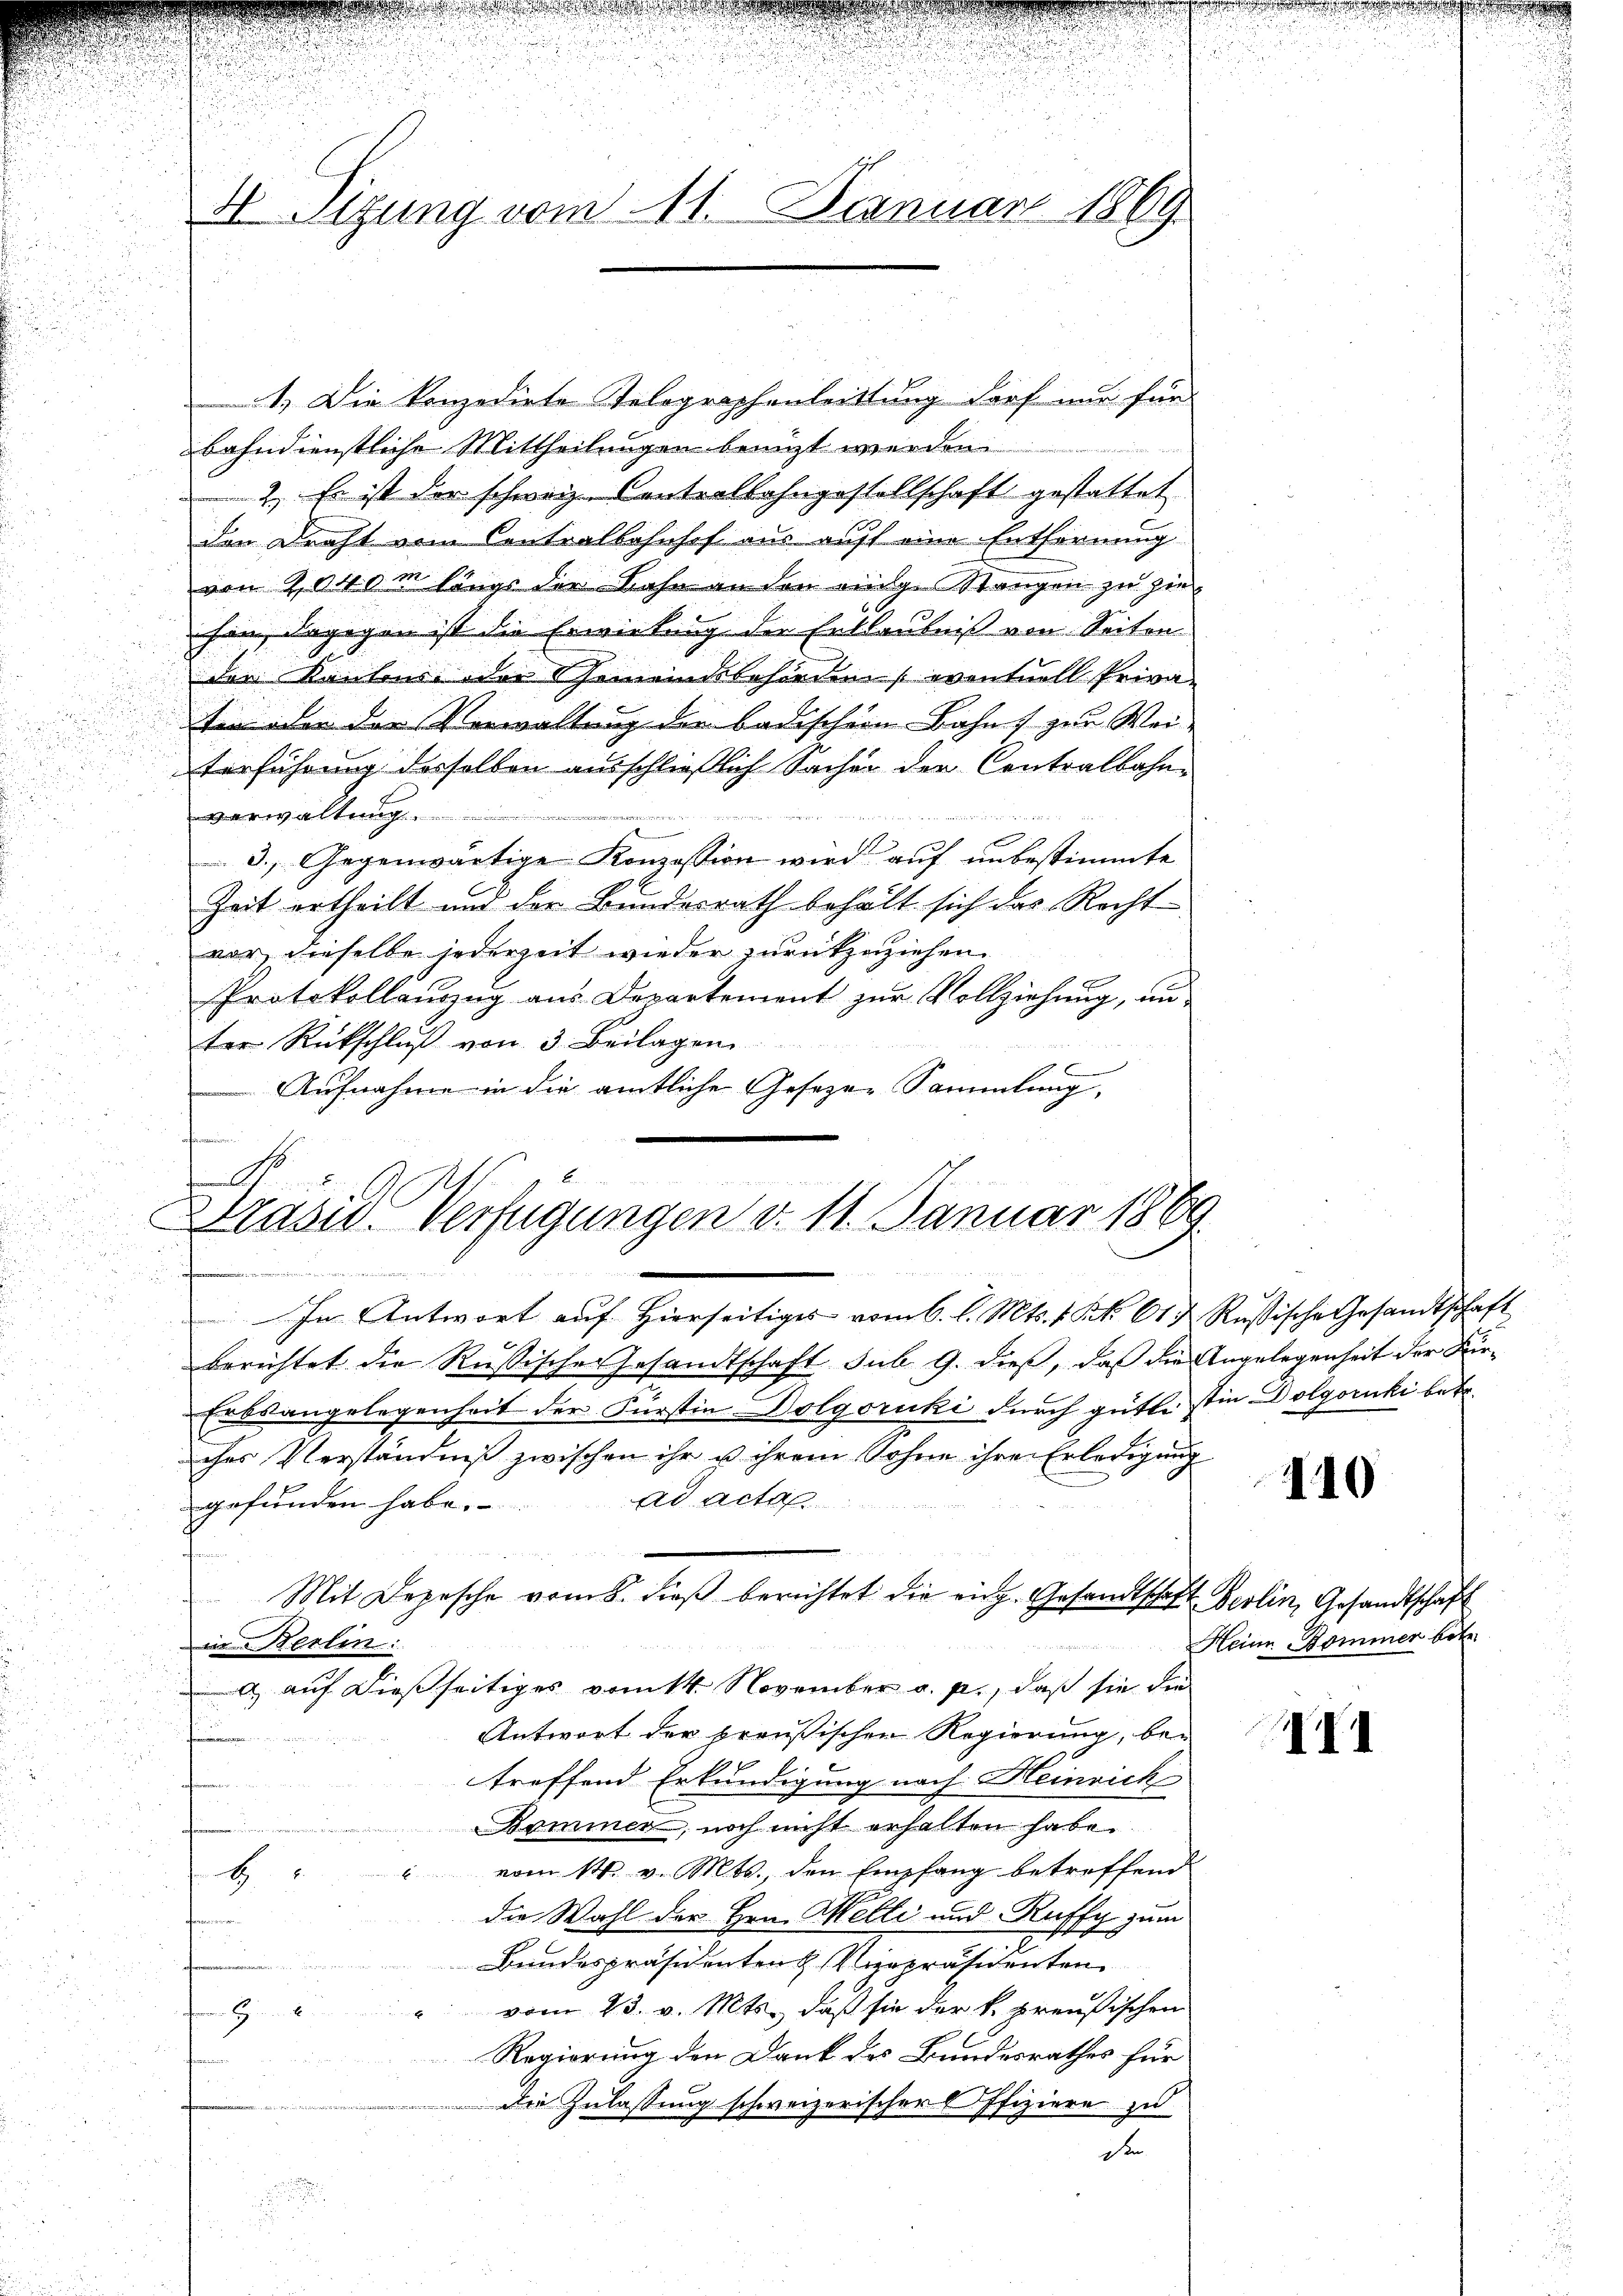
d
4 Sizung vom 11. Januar 1869

1.) Die konzedirte Telegraphenleittung darf nur für
bahndienstliche Mittheilungen benuzt werden.
2. Es ist der schweiz. Centrollahngestellschaft gestattet
den Draht vom Contralbahnhof aus auft eine Entfernung
von 3040m längs der Bahn an den einige Stangen zu zie
hin, dagegen ist die Erwirkung der Entlaubniß von Seiten
der Kantons- oder Gemeindsbehörden eventuell Privaten oder der Verwaltung der badischen Bahn zur Weiterführung derselben ausschließlich Sachen der Contralbahnverwaltung.

3. Gegenwärtige Konzession wird auf unbestimmte
Zeit ertheilt und der Bundesrath behält sich das Rechtvor, dieselbe jederzeit wieder zurückzuziehen.
Protokollauszug aus Departement zur Vollziehung, un
ter Rückschlŭβ von 3. Beilagen.
e
Aufnahme in die amtliche Gesezen Sammlung,

.
Präsid. Verfügungen d. 11. Januar 1889.

.

In Antwort auf hierseitiges vom 6. l. Mts. 1. Frk. 61 u. Russische Gesandtschaft
berichtet die Russischen Gesandtschaft sub. 9. dieß, daß die Angelegenheit der Für¬
Erbsangelegenheit der Fürstin Dolgoruki durch gütte sie Dolgoruki betr.
ches Verständniß zwischen ihr u ihrem Sohne ihre Erledigung
ad actan
gefunden habe.
in Berlin:
a) auf dießseitiges vom 14. November a. p., daß sie die
Antwort der preußischen Regierung, be-
n
treffend Erkundigung nach Heinrich
Bominer, noch nicht erhalten habe.
vom 14. v. Mts., den Empfang betreffend
H
B
die Wahl der Hrn. Melli und Ruffy zum
Bundespräsidenten & Vizepräsidenten
vom 23. v. Mts., daß sie der k. preußischen
9
Regierung den Dank des Bundesrathes für
F
Der Zulassung schweizerischer Offiziere zu
de

Mit Depesche vom 8. dieβ berichtet die eiz. Gesandtschaft Berlin, Gesandtschaft

110

Heine Bommen betr.

II1